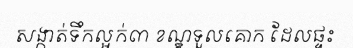
សង្កាត់ទឹកល្អក់៣ ខណ្ឌទួលគោក ដែលផ្ទះ